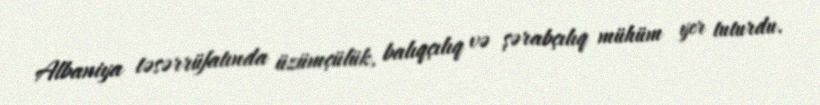
Albaniya təsərrüfatında üzümçülük, balıqçılıq və şərabçılıq mühüm yer tuturdu.